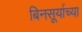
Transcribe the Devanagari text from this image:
बिनसूर्याच्या